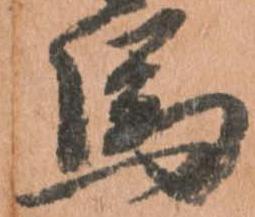
馬